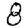
Digit: 8